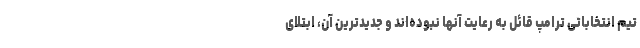
تیم انتخاباتی ترامپ قائل به رعایت آنها نبوده‌اند و جدیدترین آن، ابتلای